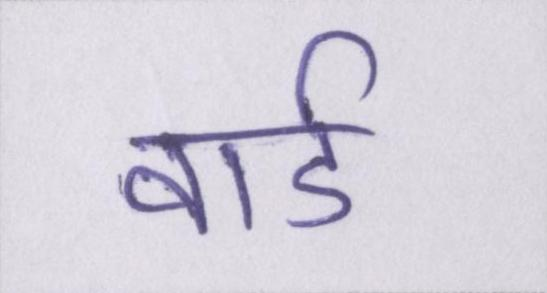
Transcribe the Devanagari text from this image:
वार्ड